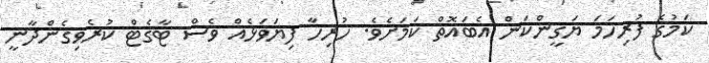
ކަމުގެ ފުރިހަމަ ޔަގީންކަން އެބައޮތް ކަމަށެވެ. ހުރިހާ ފިޔަވަޅެއް ވެސް ޓާގެޓް ކުރެވިގެންދާނީ